Document type: Enfranchisement
Year: 1297
Scribe: Jaume de Trilla
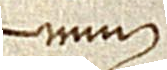
num